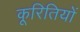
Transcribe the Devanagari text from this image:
कूरितियों